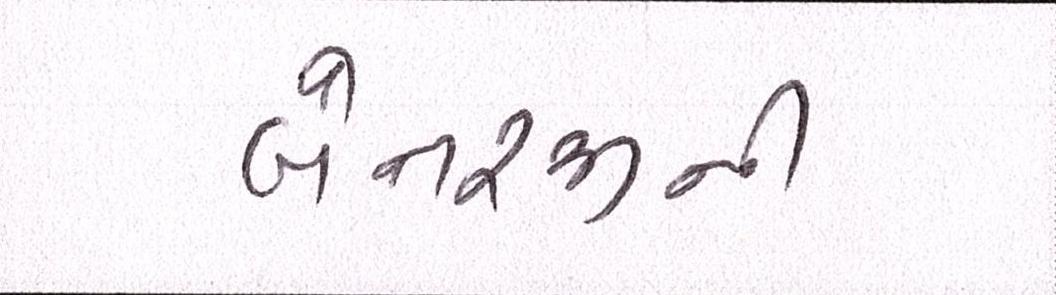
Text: બેનરજીની